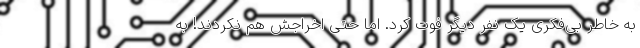
به خاطر بی‌فکری یک نفر دیگر فوت کرد. اما حتی اخراجش هم نکردند! به